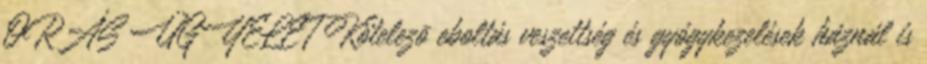
ÓRÁS ÜGYELET Kötelezõ eboltás veszettség és gyógykezelések háznál is